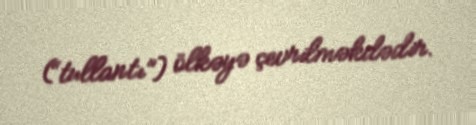
(“tullantı”) ölkəyə çevrilməkdədir.